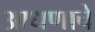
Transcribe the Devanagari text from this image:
आधणाचे